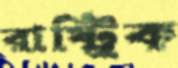
রাষ্ট্রিক